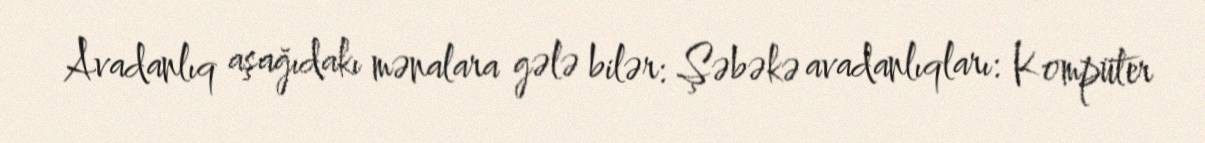
Avadanlıq aşağıdakı mənalara gələ bilər: Şəbəkə avadanlıqları: Kompüter